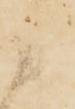
ニ